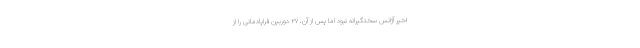
اخیر آژانس سختگیرانه نبود اما پس از آن، ۲۷ دوربین فراپادمانی را از